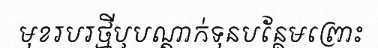
មុខរបរថ្មីឬបណ្តាក់ទុនបន្ថែមព្រោះ